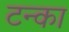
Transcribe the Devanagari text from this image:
टन्का